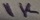
Text: 1K